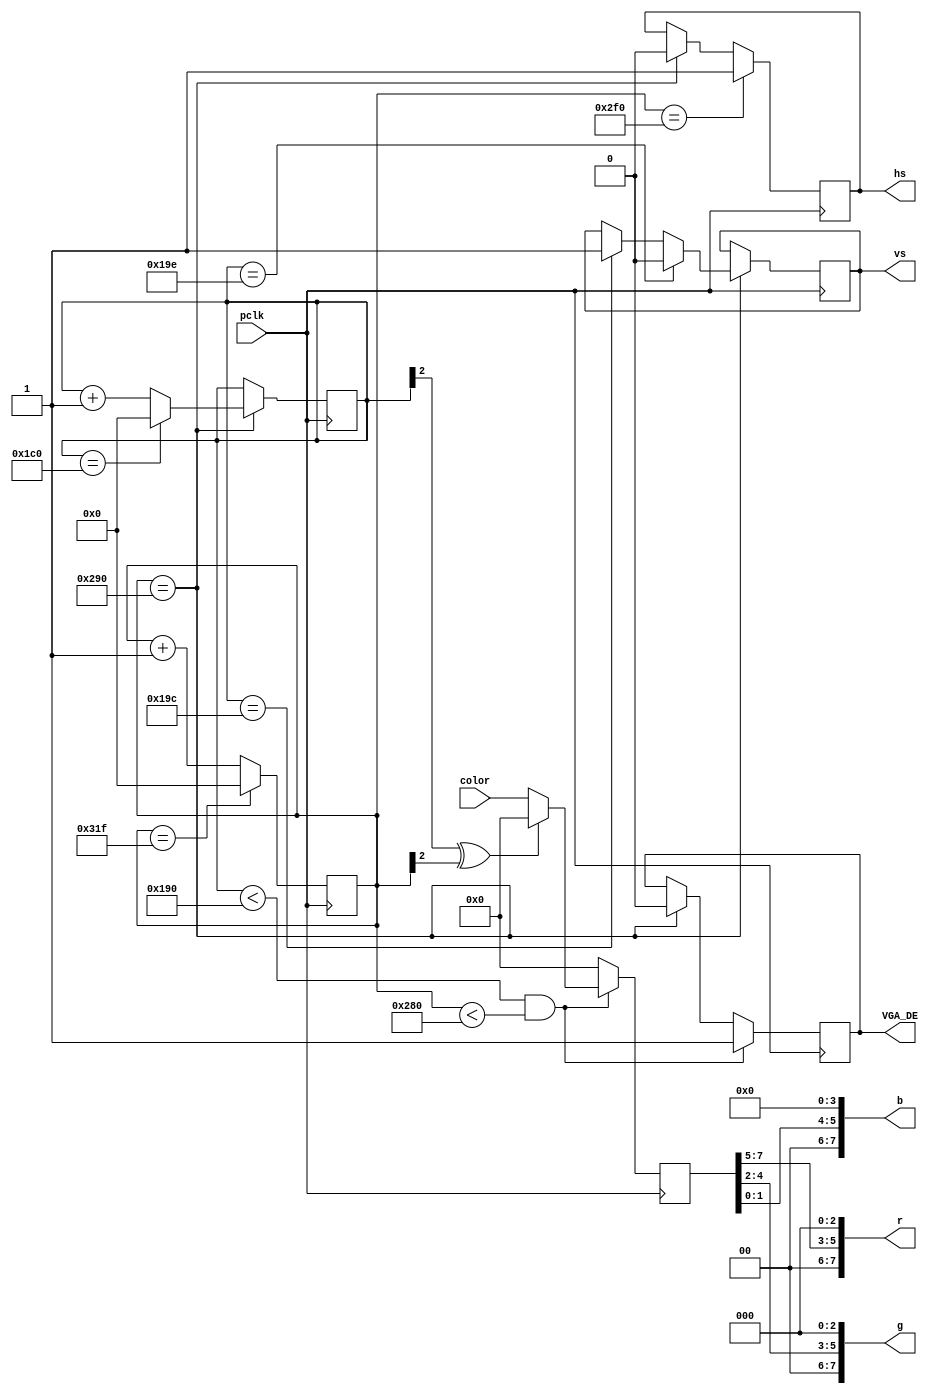
module vga (
   // pixel clock
   input  pclk,
	input  [7:0] color,
   // VGA output
   output reg	hs,
   output reg 	vs,
   output [7:0] r,
   output [7:0] g,
   output [7:0] b,
	output VGA_DE
);
					
// 640x400 70HZ VESA according to  http://tinyvga.com/vga-timing/640x400@70Hz

parameter H   = 640;    // width of visible area
parameter HFP = 16;     // unused time before hsync
parameter HS  = 96;     // width of hsync
parameter HBP = 48;     // unused time after hsync

parameter V   = 400;    // height of visible area
parameter VFP = 12;     // unused time before vsync
parameter VS  = 2;      // width of vsync
parameter VBP = 35;     // unused time after vsync


reg[9:0]  h_cnt;        // horizontal pixel counter
reg[9:0]  v_cnt;        // vertical pixel counter

reg hblank;
reg vblank;

// both counters count from the begin of the visibla area

// horizontal pixel counter
always@(posedge pclk) begin
	if(h_cnt==H+HFP+HS+HBP-1)   h_cnt <= 10'b0;
	else                        h_cnt <= h_cnt + 10'b1;

	// generate negative hsync signal
	if(h_cnt == H+HFP)    hs <= 1'b0;
	if(h_cnt == H+HFP+HS) hs <= 1'b1;
	if(h_cnt == H+HFP+HS) hblank <= 1'b1; else hblank<=1'b0;

	end

// veritical pixel counter
always@(posedge pclk) begin
	// the vertical counter is processed at the begin of each hsync
	if(h_cnt == H+HFP) begin
		if(v_cnt==VS+VBP+V+VFP-1)  v_cnt <= 10'b0; 
		else							   v_cnt <= v_cnt + 10'b1;

	        // generate positive vsync signal
		if(v_cnt == V+VFP)    vs <= 1'b1;
		if(v_cnt == V+VFP+VS) vs <= 1'b0;
		if(v_cnt == V+VFP+VS) vblank <= 1'b1; else vblank<=1'b0;
	end
end

// read VRAM
reg [13:0] video_counter;
reg [7:0] pixel;
reg de;

always@(posedge pclk) begin
        // The video counter is being reset at the begin of each vsync.
        // Otherwise it's increased every fourth pixel in the visible area.
        // At the end of the first three of four lines the counter is
        // decreased by the total line length to display the same contents
        // for four lines so 100 different lines are displayed on the 400
        // VGA lines.

	// visible area?
	if((v_cnt < V) && (h_cnt < H)) begin
		if(h_cnt[1:0] == 2'b11)
			video_counter <= video_counter + 14'd1;
		
		pixel <= (v_cnt[2] ^ h_cnt[2])?8'h00:color;    // checkboard
		de<=1;
	end else begin
		if(h_cnt == H+HFP) begin
			if(v_cnt == V+VFP)
				video_counter <= 14'd0;
			else if((v_cnt < V) && (v_cnt[1:0] != 2'b11))
				video_counter <= video_counter - 14'd160;
		de<=0;
		end
			
		pixel <= 8'h00;   // black
	end
end

// seperate 8 bits into three colors (332)
assign r = { pixel[7:5],  3'b00000 };
assign g = { pixel[4:2],  3'b00000 };
assign b = { pixel[1:0], 4'b000000 };

//assign VGA_DE  = ~(hblank | vblank);
assign VGA_DE = de;

endmodule